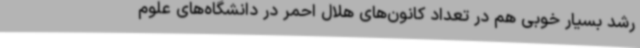
رشد بسیار خوبی هم در تعداد کانون‌های هلال احمر در دانشگاه‌های علوم